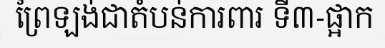
ព្រៃឡង់ជាតំបន់ការពារ ទី៣-ផ្អាក